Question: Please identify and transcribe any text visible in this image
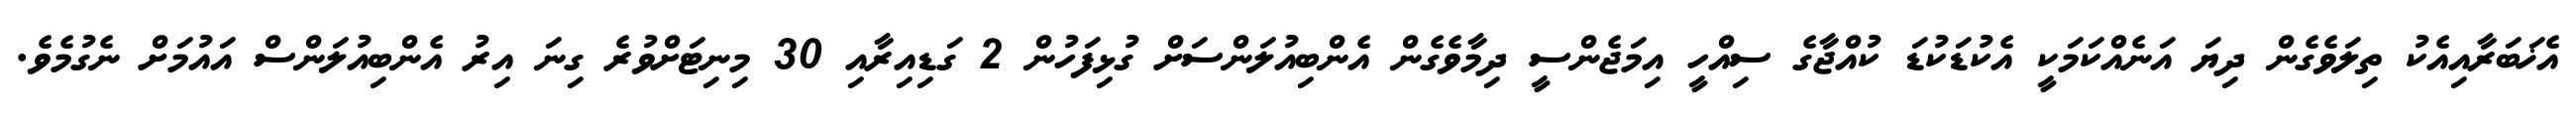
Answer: އެޚަބަރާއިއެކު ތިލަވެގެން ދިޔަ އަނެއްކަމަކީ އެކުޑަކުޑަ ކުއްޖާގެ ސިއްހީ އިމަޖެންސީ ދިމާވެގެން އެންބިއުލަންސަށް ގުޅިފަހުން 2 ގަޑިއިރާއި 30 މިނިޓަށްވުރެ ގިނަ އިރު އެންބިއުލަންސް އައުމަށް ނެގުމެވެ.